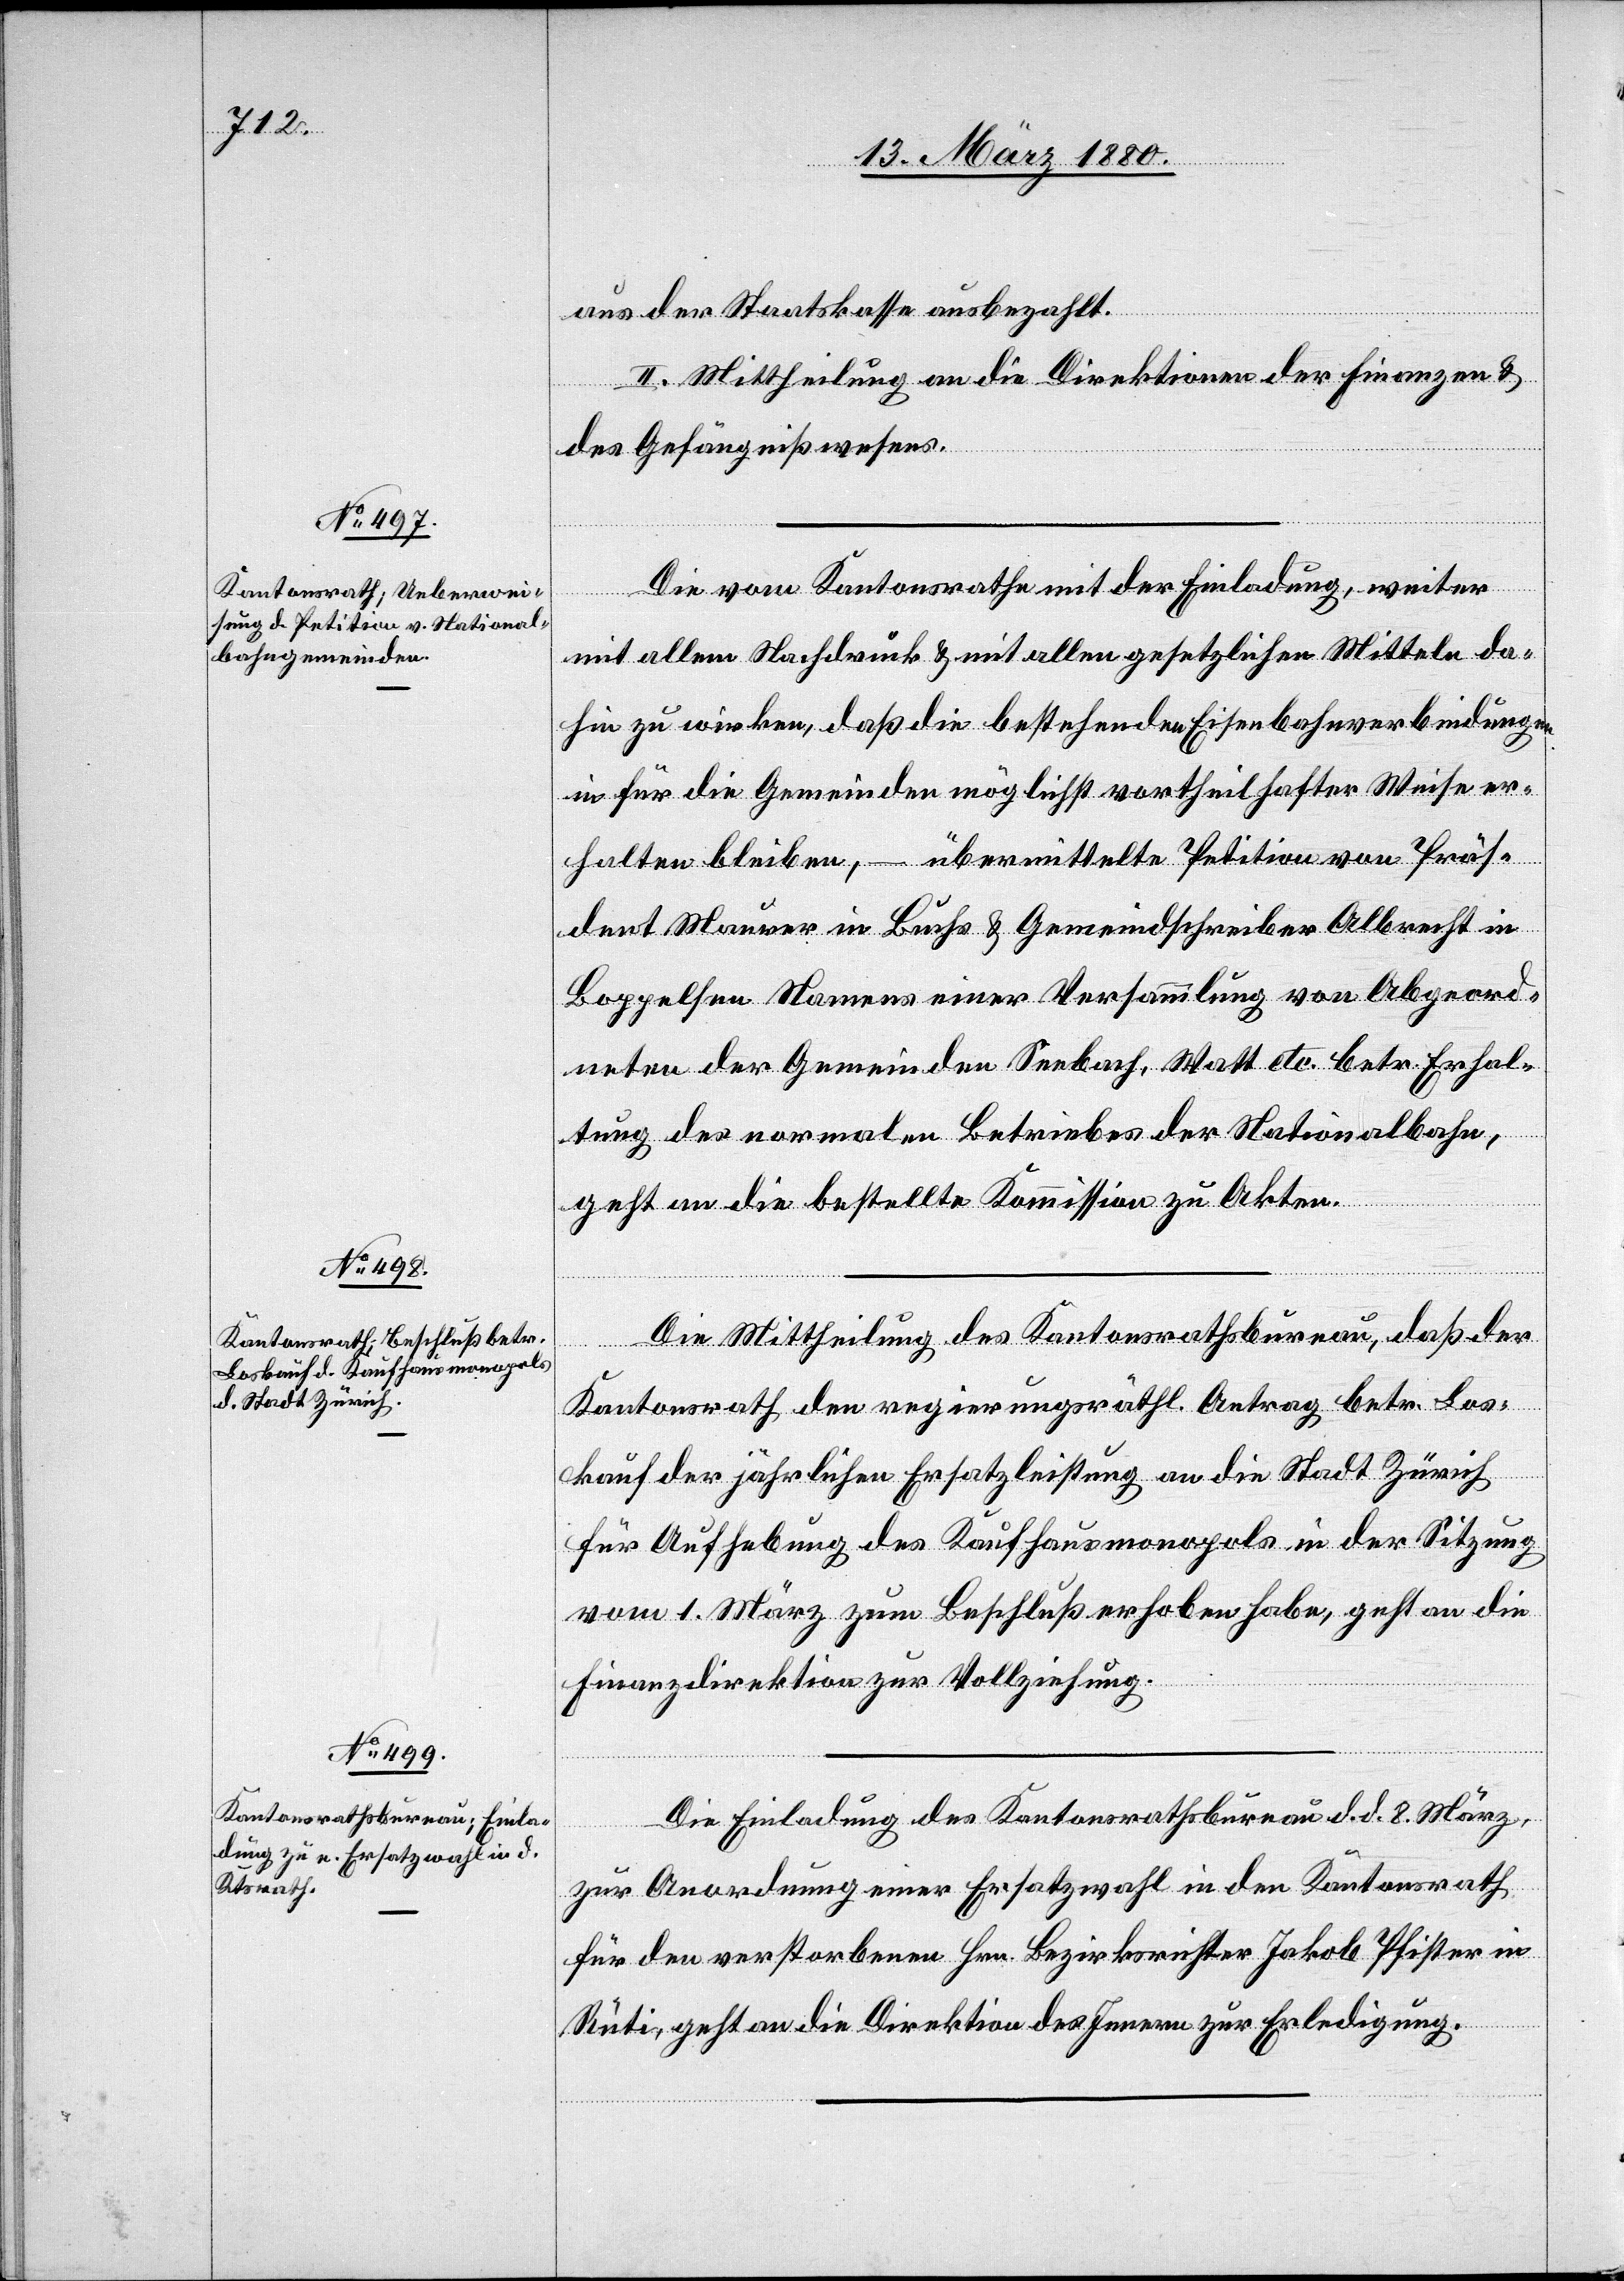
aus der Staatskasse ausbezahlt.
II. Mittheilung an die Direktionen der Finanzen &
des Gefängnißwesens.
Die vom Kantonsrathe mit der Einladung, weiter
mit allem Nachdruck & mit allen gesetzlichen Mitteln da¬
hin zu wirken, daß die bestehenden Eisenbahnverbindungen
in für die Gemeinden möglichst vortheilhafter Weise er¬
halten bleiben, – übermittelte Petition von Prä¬
s[i]dent Maurer in Buchs & Gemeindschreiber Albrecht in
Boppelsen Namens einer Versammlung von Abgeord¬
neten der Gemeinden Seebach, Watt etc. betr. Erhal¬
tung des normalen Betriebes der Nationalbahn,
die
geht an die bestellte Kommission zu Akten.
Die Mittheilung des Kantonsrathsbureau, daß der
Kantonsrath den regierungsräthl. Antrag betr. Los¬
kauf der jährlichen Ersatzleistung an die Stadt Zürich,
für Aufhebung des Kaufhausmonopols erhoben habe,
Finanzdirektion zur Vollziehung.
Die Einladung des Kantonsrathsbureau d. d. 8. März,
zur Anordnung einer Ersatzwahl in den Kantonsrath
für den verstorbenen Hrn. Bezirksrichter Jakob Pfister in
Rüti, geht an die Direktion des Innern zur Erledigung.